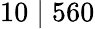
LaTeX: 10\mid 560